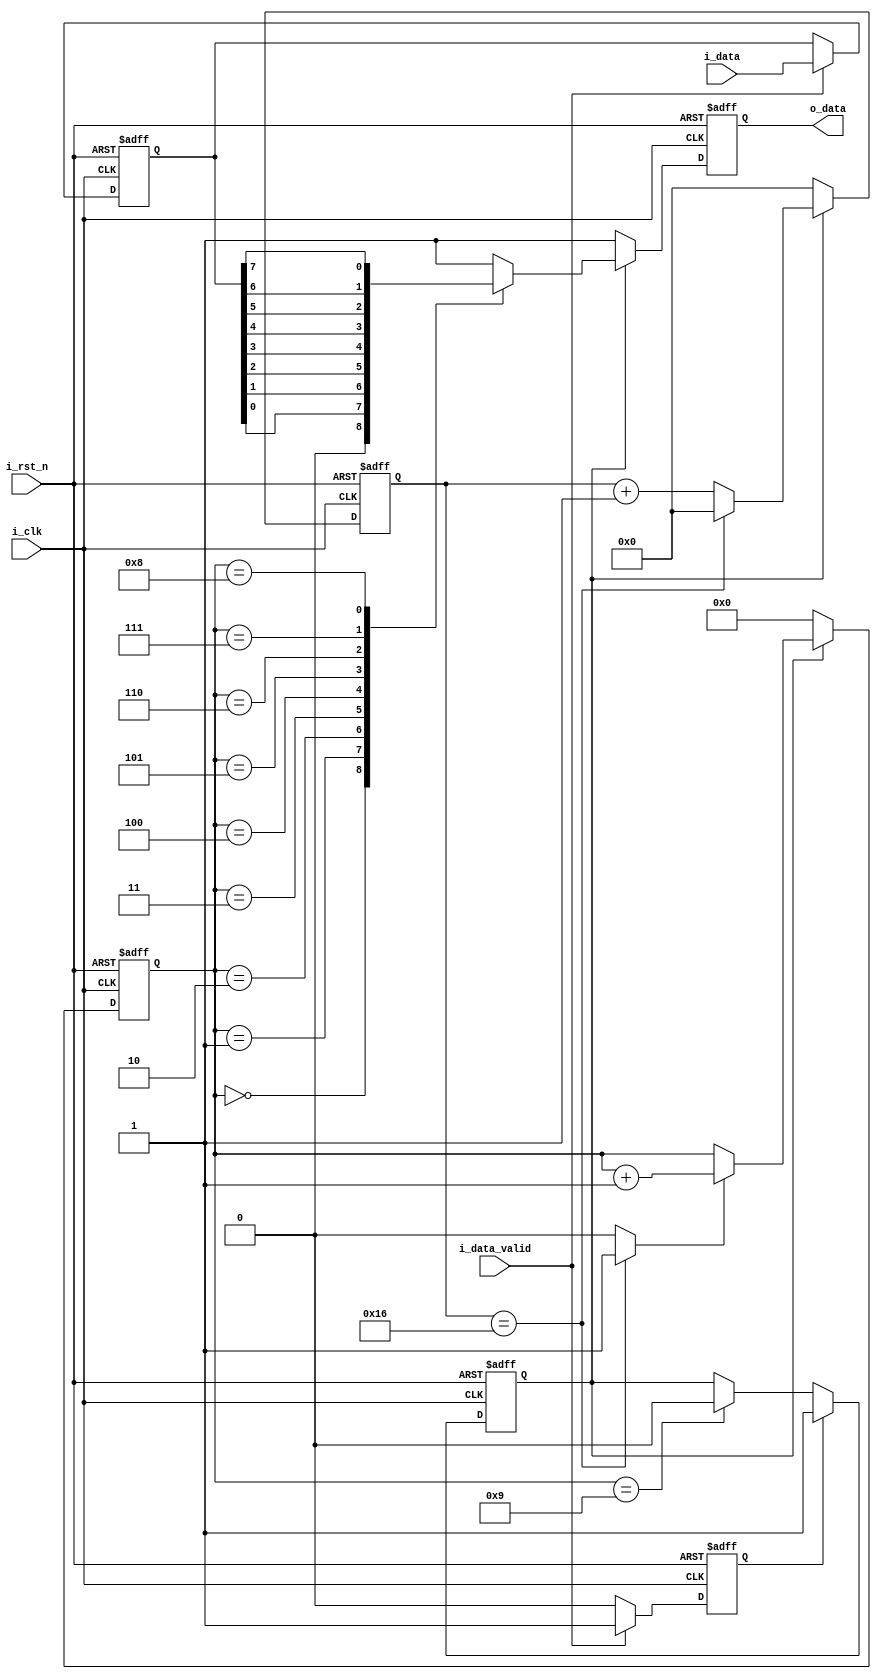
`timescale 1ns / 1ns
//////////////////////////////////////////////////////////////////////////////////
// 
// Design Name: 
// Module Name: uart_tx
//////////////////////////////////////////////////////////////////////////////////

module uart_tx(
    input               i_clk                   ,
    input               i_rst_n                 ,
    input   [7:0]       i_data                  ,
    input               i_data_valid            ,
    output              o_data     
);
parameter    I_CLK_FREQ     = 27_000_00                   ;
parameter    BAUDRATE       = 115200                      ;
parameter    COUNTER_LEN    = 12                          ;                    

localparam    COUNT_MAX  = I_CLK_FREQ / BAUDRATE          ;

reg         [7:0]               i_data_reg                ;
reg                             i_data_reg_valid          ;

reg                             start_tx                  ;
reg         [3:0]               bit_num                   ;
reg                             o_data_reg                ;
reg         [COUNTER_LEN-1:0]   time_counter              ;
wire                            time_counter_en           ;


// 
always @(posedge i_clk or negedge i_rst_n)  begin
    if(! i_rst_n ) begin
        i_data_reg <= 7'b0;
        i_data_reg_valid <= 1'b0;
    end 
    else if( i_data_valid ) begin
        i_data_reg <= i_data;
        i_data_reg_valid <= 1'b1;
    end
    else begin
        i_data_reg <= i_data_reg;
        i_data_reg_valid <= 1'b0;
    end
end

always @(posedge i_clk or negedge i_rst_n)begin
     if(! i_rst_n )
        start_tx <= 1'b0;
     else if(i_data_reg_valid) 
        start_tx <= 1'b1;
     else if(bit_num == 4'd9)
        start_tx <= 1'b0;
     else
        start_tx <= start_tx;
end

assign time_counter_en = (time_counter == COUNT_MAX -1) ? 1'b1 :1'b0;
always @(posedge i_clk or negedge i_rst_n) begin
    if(! i_rst_n )
        time_counter <= {COUNTER_LEN{1'b0}};
    else if( start_tx )
        if(time_counter == COUNT_MAX -1 ) 
            time_counter <= {COUNTER_LEN{1'b0}};
        else
            time_counter <= time_counter + 1'b1;
    else
        time_counter <= {COUNTER_LEN{1'b0}};
end

always @(posedge i_clk or negedge i_rst_n) begin
    if(! i_rst_n )
        bit_num <= 4'b0;
    else if( start_tx )
        if( time_counter_en )
            bit_num <= bit_num +1'b1;
        else
            bit_num <= bit_num;
    else
        bit_num <= 4'b0;
end


always @(posedge i_clk or negedge i_rst_n) begin
    if(! i_rst_n )
        o_data_reg <= 1'b1;
    else if( start_tx )
        case( bit_num)
           4'd0: o_data_reg <= 1'b0;
           4'd1: o_data_reg <= i_data_reg[0];
           4'd2: o_data_reg <= i_data_reg[1];
           4'd3: o_data_reg <= i_data_reg[2];
           4'd4: o_data_reg <= i_data_reg[3];
           4'd5: o_data_reg <= i_data_reg[4];
           4'd6: o_data_reg <= i_data_reg[5];
           4'd7: o_data_reg <= i_data_reg[6];
           4'd8: o_data_reg <= i_data_reg[7];
           4'd9: o_data_reg <= 1'b1;
           default: o_data_reg <= 1'b1;
        endcase
    else
        o_data_reg = 1'b1;
end
assign o_data = o_data_reg;

endmodule